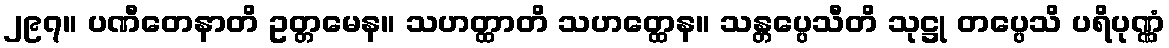
၂၉၇။ ပဏီတေနာတိ ဥတ္တမေန။ သဟတ္ထာတိ သဟတ္ထေန။ သန္တပ္ပေသီတိ သုဋ္ဌု တပ္ပေသိ ပရိပုဏ္ဏံ